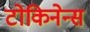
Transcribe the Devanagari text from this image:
टोकिनेन्स